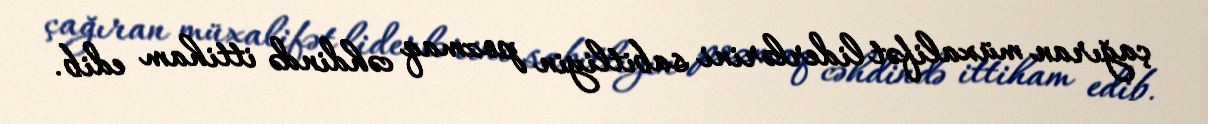
çağıran müxalifət liderlərini sabitliyin pozmaq cəhdində ittiham edib.